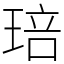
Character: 琣